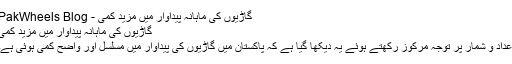
گاڑیوں کی ماہانہ پیداوار میں مزید کمی - PakWheels Blog
گاڑیوں کی ماہانہ پیداوار میں مزید کمی
اعداد و شمار پر توجہ مرکوز رکھتے ہوئے یہ دیکھا گیا ہے کہ پاکستان میں گاڑیوں کی پیداوار میں مسلسل اور واضح کمی ہوئی ہے۔